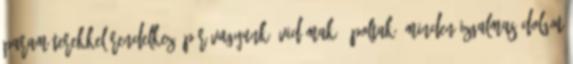
paraméterekkel rendelkező pár vagyunk. Vidámak, ápoltak, minden izgalmas dolgot